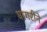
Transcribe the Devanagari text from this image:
घागरीने